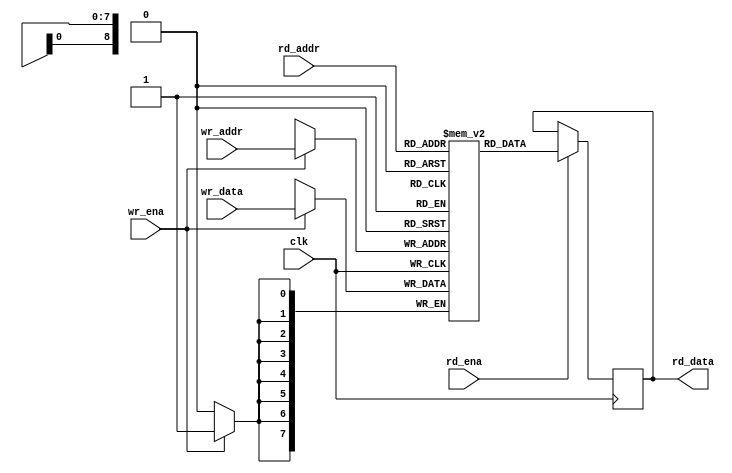
/*
 * ram_sdp.v
 *
 * vim: ts=4 sw=4
 *
 * Simple Dual Port RAM, inferred.
 *
 * Copyright (C) 2019-2020  Sylvain Munaut <tnt@246tNt.com>
 * SPDX-License-Identifier: CERN-OHL-P-2.0
 */

`default_nettype none

module ram_sdp #(
	parameter integer AWIDTH = 9,
	parameter integer DWIDTH = 8
)(
	input  wire [AWIDTH-1:0] wr_addr,
	input  wire [DWIDTH-1:0] wr_data,
	input  wire wr_ena,

	input  wire [AWIDTH-1:0] rd_addr,
	output reg  [DWIDTH-1:0] rd_data,
	input  wire rd_ena,

	input  wire clk
);
	// Signals
	reg [DWIDTH-1:0] ram [(1<<AWIDTH)-1:0];

`ifdef SIM
	integer i;
	initial
		for (i=0; i<(1<<AWIDTH); i=i+1)
			ram[i] = 0;
`endif

	always @(posedge clk)
	begin
		// Read
		if (rd_ena)
			rd_data <= ram[rd_addr];

		// Write
		if (wr_ena)
			ram[wr_addr] <= wr_data;
	end

endmodule // ram_sdp